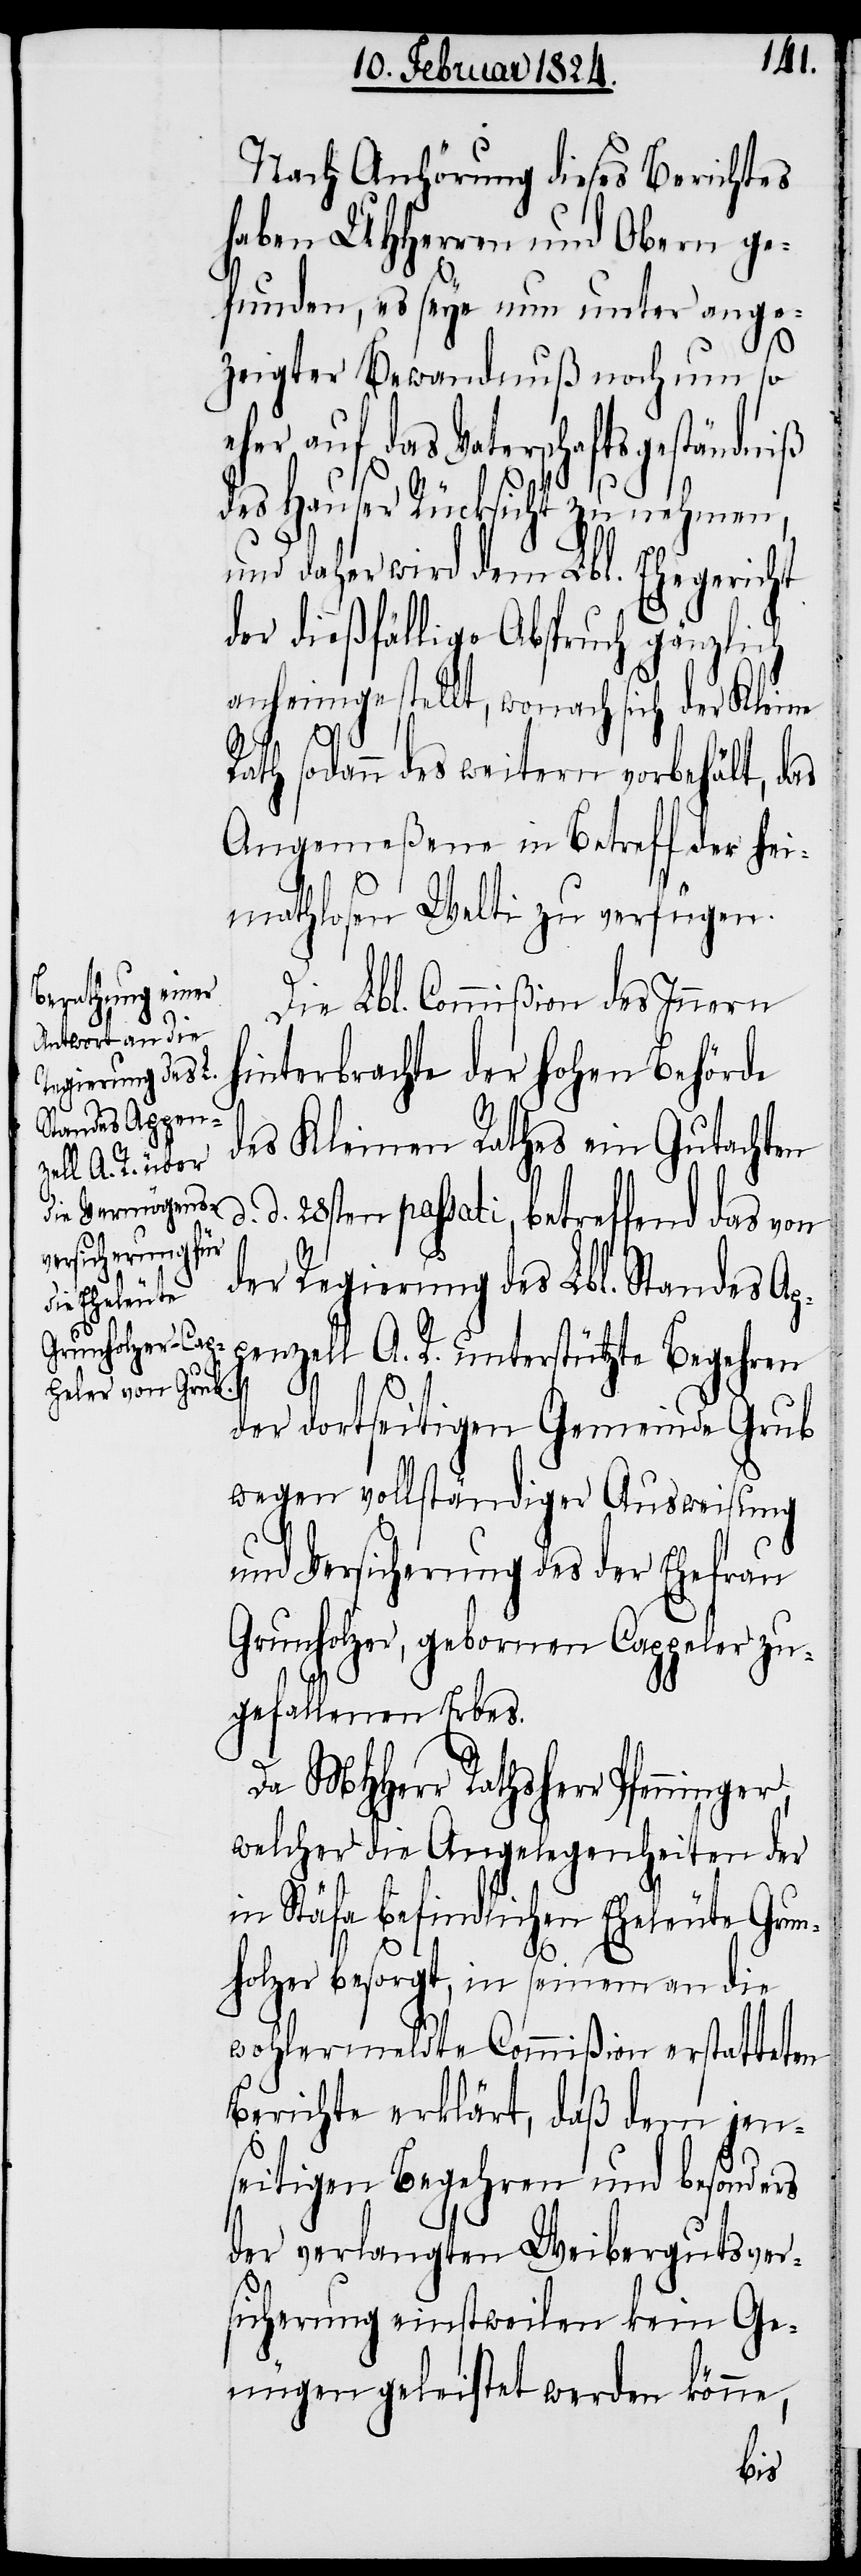
r,
d.

Nach Anhörung dieses Berichtes
haben UHHerren und Obern ge¬
funden, es seye nun unter ange¬
zeigter Bewandtnuß noch um so e¬
her auf das Vaterschaftsgeständniß
des Hauser Rücksicht zu nehmen,
und daher wird dem Lbl. Ehegericht
der dießfällige Abspruch gänzlich
anheimgestellt , wonach sich der Kleine
siche¬
Rath sodann des weitern vorbehält, das
Angemeßene in Betreff der hei¬
mathlosen Welti zu verfügen.
Die Lbl. Commißion des Innern
hinterbrachte der hohen Behörde
des Kleinen Rathes ein Gutachten
d. 28sten passati, betreffend das von
der Regierung des Lbl. Standes Ap¬
penzell A. R. unterstützte Begehren
der dortseitigen Gemeinde Grub
wegen vollständiger Ausweisung
und Versicherung des der Ehefrau
Grunholzer, geborene Cappeler zu¬
gefallenen Erbes.
Da MHHerr Rathsherr Pfenninge¬
welcher die Angelegenheiten der
in Stäfa befindlichen Eheleute Grun¬
holzer besorgt, in seinem an die
wohlermeldte Commißion erstatteten
Berichte erklärt, daß dem jen¬
seitigen Begehren und besonders
der verlangten Weibergutsver¬
rung geleistet werden könne,